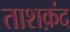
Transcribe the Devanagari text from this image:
ताशक़ंद